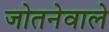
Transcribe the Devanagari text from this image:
जोतनेवाले